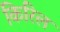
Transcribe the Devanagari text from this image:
किरिल